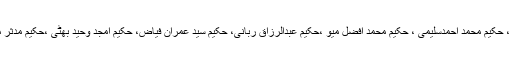
یہ بات پروفیسر حکیم محمداعجاز فاروقی ،حکیم محمد جاوید رسول ، حکیم محمد احمدسلیمی ، حکیم محمد افضل میو ،حکیم عبدالرزاق ربانی، حکیم سید عمران فیاض، حکیم امجد وحید بھٹی ،حکیم مدثر مظفر سواتی اور حکیم محمد اسماعیل نے گفتگو کرتے ہوئے بتائی ۔